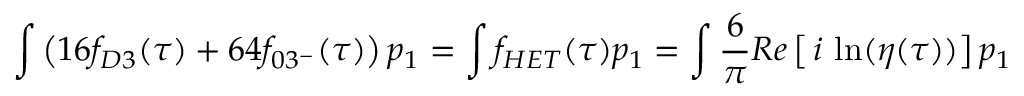
\int \left( 1 6 f _ { D 3 } ( \tau ) + 6 4 f _ { 0 3 ^ { - } } ( \tau ) \right) p _ { 1 } = \int f _ { H E T } ( \tau ) p _ { 1 } = \int \frac { 6 } { \pi } R e \left[ \, i \, \ln ( \eta ( \tau ) ) \right] p _ { 1 }